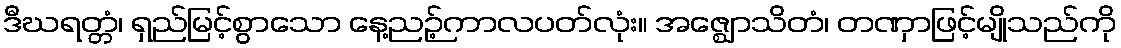
ဒီဃရတ္တံ၊ ရှည်မြင့်စွာသော နေ့ညဉ့်ကာလပတ်လုံး။ အဇ္ဈောသိတံ၊ တဏှာဖြင့်မျိုသည်ကို